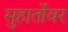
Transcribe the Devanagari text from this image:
सुहार्तोवर